Insane asylums in Bengal annual reports 1876-1887 - 1876-1887
Year: 1876
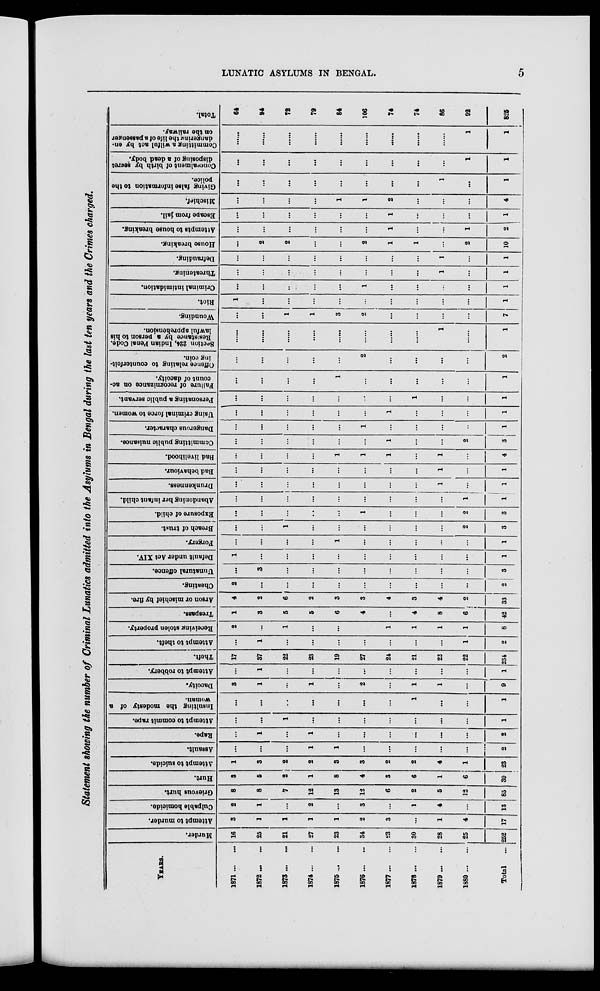
LUNATIC ASYLUMS IN BENGAL.
5
Statement showing the number of Criminal Lunatics admitted into the Asylums in Bengal during the last ten years and the Crimes charged.
YEARS.
1871 ... ...
1872 ... ...
1873 ...
...
1874 ... ...
1875 ... ...
1876 ... ...
1877 ... ...
1878 ... ...
1879 ... ...
1880 ... ...
Total
...
Murder.
16
25
21
27
23
34
23
30
28
25
252
Attempt to murder.
3
1
1
1
1
2
3
...
1
4
17
Culpable homicide.
2
1
...
2
...
3
...
1
4
...
13
Grievous hurt.
8
8
7
12
13
12
6
2
5
12
85
Hurt.
3
5
2
1
8
4
3
6
1
6
39
Attempt to suicide.
1
3
2
2
3
3
2
2
4
1
23
Assault.
...
...
...
1
1
...
...
...
...
...
2
Rape.
...
1
...
1
...
...
...
...
...
...
2
Attempt to commit rape.
...
...
1
...
...
...
...
...
...
...
1
Insulting the modesty of a
woman.
...
...
...
...
...
...
...
1
...
...
1
Dacoity.
3
1
...
1
...
2
...
1
1
...
9
Attempt to robbery.
...
1
...
...
...
...
...
...
...
...
1
Theft.
17
37
22
23
19
27
24
21
22
22
234
Attempt to theft.
...
1
...
...
...
...
...
...
...
1
2
Receiving stolen property.
2
...
1
...
...
1
1
1
1
8
Trespass.
1
3
5
5
6
4
...
4
8
6
42
Arson or mischief by fire.
4
2
6
2
3
3
4
3
4
2
33
Cheating.
2
...
...
...
...
...
...
...
...
...
2
Unnatural offence.
...
3
...
...
...
...
...
...
...
...
3
Default under Act XIV.
1
...
...
...
...
...
...
...
...
...
1
Forgery.
...
...
...
...
1
...
...
...
...
...
1
Breach of trust.
...
...
1
...
...
...
...
...
...
2
3
Exposure of child.
...
...
...
...
...
1
...
...
...
2
3
Abandoning her infant child.
...
...
...
...
...
...
...
...
...
1
1
Drunkenness.
...
...
...
...
...
...
...
...
1
...
1
Bad behaviour.
...
...
...
...
...
...
...
...
1
...
1
Bad livelihood.
...
...
...
...
1
1
1
...
1
...
4
Committing public nuisance.
...
...
...
...
...
...
1
...
...
2
3
Dangerous character.
...
...
...
...
...
1
...
...
...
...
1
Using criminal force to women.
...
...
...
...
...
...
1
...
...
...
1
Personating a public servant.
...
...
...
...
...
...
...
1
...
...
1
Failure of recognizance on ac-
count of dacoity.
...
...
...
...
1
...
...
...
...
...
1
Offence relating to counterfeit-
ing coin.
...
...
...
...
...
2
...
...
...
...
2
Section 224, Indian Penal Code.
Resistance by a person to his
lawful apprehension.
......
......
......
......
......
......
......
......
1
......
1
Wounding.
...
...
1
1
3
2
...
...
...
...
7
Riot.
1
...
...
...
...
...
...
...
...
...
1
Criminal intimidation.
...
...
...
...
...
1
...
...
...
...
1
Threatening.
...
...
...
...
...
...
...
...
1
...
1
Defrauding.
...
...
...
...
...
...
...
...
1
...
1
House breaking.
...
2
2
...
...
2
1
1
...
2
10
Attempts to house breaking.
...
...
...
...
...
...
1
...
...
1
2
Escape from jail.
...
...
...
...
...
...
1
...
...
...
1
Mischief.
...
...
...
...
1
1
2
...
...
...
4
Giving false information to the
police.
...
...
...
...
...
...
...
...
1
...
1
Concealment of birth by secret
disposing of a dead body.
...
...
...
...
...
...
...
...
...
1
1
Committing a wilful act by en-
dangering
the life of a passenger
on the railway.
......
......
......
......
......
......
......
......
......
1
1
Total.
64
94
72
79
84
106
74
74
86
92
825